Annual administration report of the Civil Veterinary Department of India - 1908-1909
Year: 1908
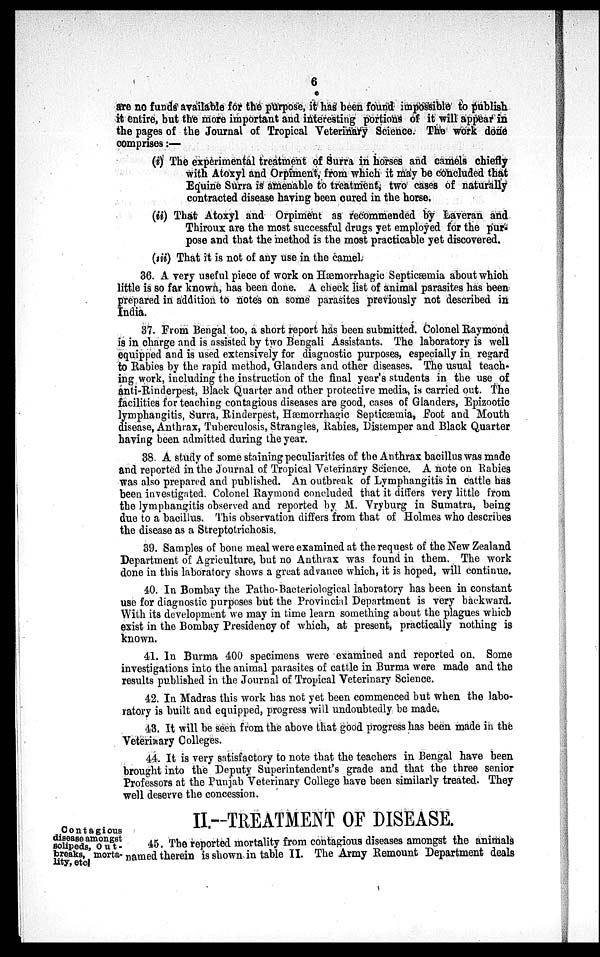
6
are no funds available for the purpose, it has been found impossible to publish
it entire, but the more important and interesting portions of it will appear in
the pages of the Journal of Tropical Veterinary Science. The work done
comprises:—
(i) The experimental treatment of Surra in horses and camels chiefly
with Atoxyl and Orpiment, from which it may be concluded that
Equine Surra is amenable to treatment, two cases of naturally
contracted disease having been cured in the horse.
(ii) That Atoxyl and Orpiment as recommended by Laveran and
Thiroux are the most successful drugs yet employed for the pur-
pose and that the method is the most practicable yet discovered.
(iii) That it is not of any use in the camel.
36. A very useful piece of work on Hæmorrhagic Septicæmia about which
little is so far known, has been done. A check list of animal parasites has been
prepared in addition to notes on some parasites previously not described in
India.
37. From Bengal too, a short report has been submitted. Colonel Raymond
is in charge and is assisted by two Bengali Assistants. The laboratory is well
equipped and is used extensively for diagnostic purposes, especially in regard
to Rabies by the rapid method, Glanders and other diseases. The usual teach-
ing work, including the instruction of the final year's students in the use of
anti-Rinderpest, Black Quarter and other protective media, is carried out. The
facilities for teaching contagious diseases are good, cases of Glanders, Epizootic
lymphangitis, Surra, Rinderpest, Hæmorrhagic Septicæmia, Foot and Mouth
disease, Anthrax, Tuberculosis, Strangles, Rabies, Distemper and Black Quarter
having been admitted during the year.
38. A study of some staining peculiarities of the Anthrax bacillus was made
and reported in the Journal of Tropical Veterinary Science. A note on Rabies
was also prepared and published. An outbreak of Lymphangitis in cattle has
been investigated. Colonel Raymond concluded that it differs very little from
the lymphangitis observed and reported by M. Vryburg in Sumatra, being
due to a bacillus. This observation differs from that of Holmes who describes
the disease as a Streptotrichosis.
39. Samples of bone meal were examined at the request of the New Zealand
Department of Agriculture, but no Anthrax was found in them. The work
done in this laboratory shows a great advance which, it is hoped, will continue.
40. In Bombay the Patho-Bacteriological laboratory has been in constant
use for diagnostic purposes but the Provincial Department is very backward.
With its development we may in time learn something about the plagues which
exist in the Bombay Presidency of which, at present, practically nothing is
known.
41. In Burma 400 specimens were examined and reported on. Some
investigations into the animal parasites of cattle in Burma were made and the
results published in the Journal of Tropical Veterinary Science.
42. In Madras this work has not yet been commenced but when the labo-
ratory is built and equipped, progress will undoubtedly be made.
43. It will be seen from the above that good progress has been made in the
Veterinary Colleges.
44. It is very satisfactory to note that the teachers in Bengal have been
brought into the Deputy Superintendent's grade and that the three senior
Professors at the Punjab Veterinary College have been similarly treated. They
well deserve the concession.
II.-TREATMENT OF DISEASE.
Contagious
disease amongst
solipeds, Out-
breaks, morta-
lity, etc.
45. The reported mortality from contagious diseases amongst the animals
named therein is shown in table II. The Army Remount Department deals